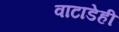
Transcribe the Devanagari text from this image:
वाटाडेही